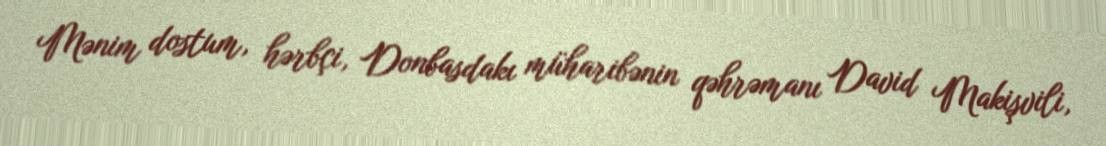
Mənim dostum, hərbçi, Donbasdakı müharibənin qəhrəmanı David Makişvili,